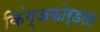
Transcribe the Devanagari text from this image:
किंग्जफोर्डला